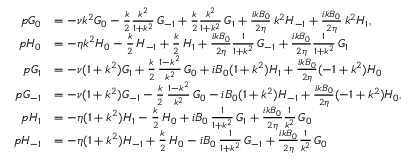
\begin{array} { r l } { p G _ { 0 } } & { = - \nu k ^ { 2 } G _ { 0 } - \frac { k } { 2 } \frac { k ^ { 2 } } { 1 + k ^ { 2 } } \, G _ { - 1 } + \frac { k } { 2 } \frac { k ^ { 2 } } { 1 + k ^ { 2 } } \, G _ { 1 } + \frac { i k B _ { 0 } } { 2 \eta } \, k ^ { 2 } H _ { - 1 } + \frac { i k B _ { 0 } } { 2 \eta } \, k ^ { 2 } H _ { 1 } , } \\ { p H _ { 0 } } & { = - \eta k ^ { 2 } H _ { 0 } - \frac { k } { 2 } \, H _ { - 1 } + \frac { k } { 2 } \, H _ { 1 } + \frac { i k B _ { 0 } } { 2 \eta } \frac { 1 } { 1 + k ^ { 2 } } \, G _ { - 1 } + \frac { i k B _ { 0 } } { 2 \eta } \frac { 1 } { 1 + k ^ { 2 } } \, G _ { 1 } } \\ { p G _ { 1 } } & { = - \nu ( 1 + k ^ { 2 } ) G _ { 1 } + \frac { k } { 2 } \, \frac { 1 - k ^ { 2 } } { k ^ { 2 } } \, G _ { 0 } + i B _ { 0 } ( 1 + k ^ { 2 } ) H _ { 1 } + \frac { i k B _ { 0 } } { 2 \eta } ( - 1 + k ^ { 2 } ) H _ { 0 } } \\ { p G _ { - 1 } } & { = - \nu ( 1 + k ^ { 2 } ) G _ { - 1 } - \frac { k } { 2 } \, \frac { 1 - k ^ { 2 } } { k ^ { 2 } } \, G _ { 0 } - i B _ { 0 } ( 1 + k ^ { 2 } ) H _ { - 1 } + \frac { i k B _ { 0 } } { 2 \eta } ( - 1 + k ^ { 2 } ) H _ { 0 } , } \\ { p H _ { 1 } } & { = - \eta ( 1 + k ^ { 2 } ) H _ { 1 } - \frac { k } { 2 } \, H _ { 0 } + i B _ { 0 } \, \frac { 1 } { 1 + k ^ { 2 } } \, G _ { 1 } + \frac { i k B _ { 0 } } { 2 \eta } \frac { 1 } { k ^ { 2 } } \, G _ { 0 } } \\ { p H _ { - 1 } } & { = - \eta ( 1 + k ^ { 2 } ) H _ { - 1 } + \frac { k } { 2 } \, H _ { 0 } - i B _ { 0 } \, \frac { 1 } { 1 + k ^ { 2 } } \, G _ { - 1 } + \frac { i k B _ { 0 } } { 2 \eta } \frac { 1 } { k ^ { 2 } } \, G _ { 0 } } \end{array}